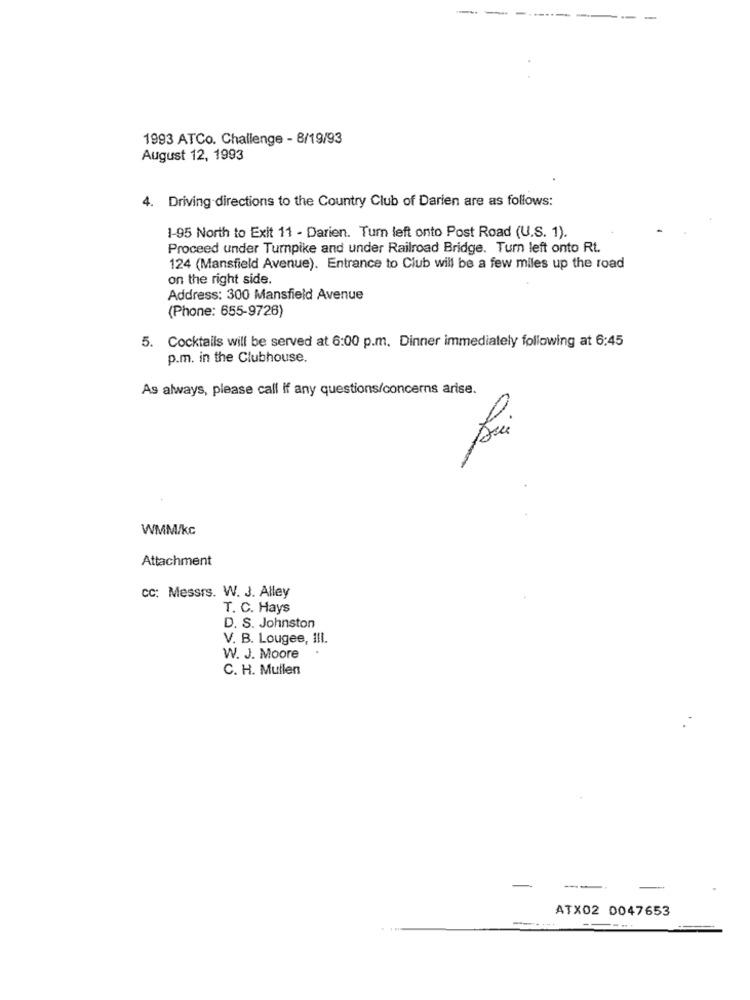
-
1993 ATCo. Challenge - 8/19/93
August 12, 1993
4. Driving directions to the Country Club of Darien are as follows:
1-95 North to Exit 11 - Darien. Tum left onto Post Road (U.S. 1).
Proceed under Turnpike and under Railroad Bridge. Turn left onto Rt.
124 (Mansfield Avenue). Entrance to Club will be a few miles up the road
on the right side.
Address: 300 Mansfield Avenue
(Phone: 655-9726)
5. Cocktails will be served at 6:00 p.m. Dinner immediately following at 6:45
p.m. in the Clubhouse.
As always, please call if any questions/concerns arise.
WMM/kc
Attachment
CC: Messrs. W. J. Alley
T. C. Hays
D. S. Johnston
V. B. Lougee, IlI.
W. J. Moore
C. H. Mullen
--
ATX02 0047653